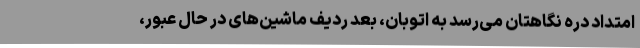
امتداد دره نگاهتان می‌رسد به اتوبان، بعد ردیف ماشین‌های در حال عبور،